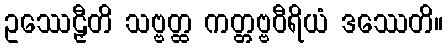
ဥဿေဠှီတိ သဗ္ဗတ္ထ ကတ္တဗ္ဗဝီရိယံ ဒဿေတိ။